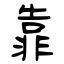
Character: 靠